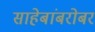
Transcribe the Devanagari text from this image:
साहेबांबरोबर